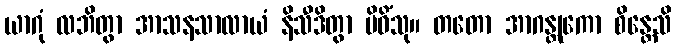
ယာဂုံ လဘိတွာ အာသနသာလာယံ နိသီဒိတွာ ပိဝိံသု။ တတော အာဂန္တုကော စိန္တေသိ